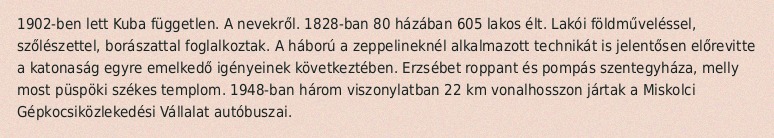
1902-ben lett Kuba független. A nevekről. 1828-ban 80 házában 605 lakos élt. Lakói földműveléssel, szőlészettel, borászattal foglalkoztak. A háború a zeppelineknél alkalmazott technikát is jelentősen előrevitte a katonaság egyre emelkedő igényeinek következtében. Erzsébet roppant és pompás szentegyháza, melly most püspöki székes templom. 1948-ban három viszonylatban 22 km vonalhosszon jártak a Miskolci Gépkocsiközlekedési Vállalat autóbuszai.